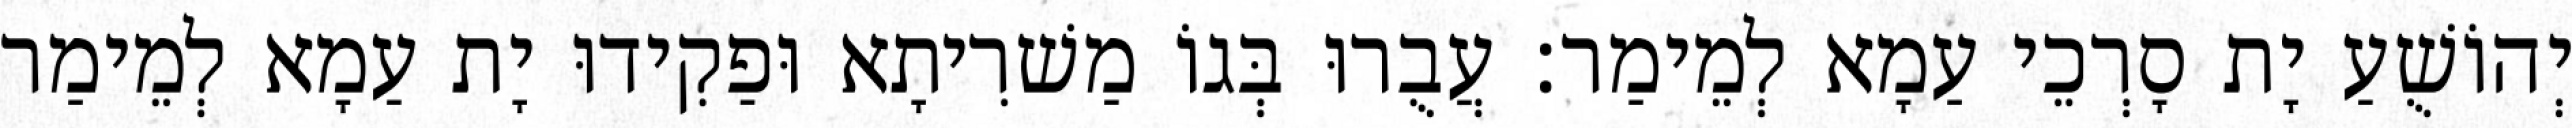
יְהוֹשֻׁעַ יָת סָרְכֵי עַמָא לְמֵימַר׃ עֲבֻרוּ בְּגוֹ מַשׁרִיתָא וּפַקִידוּ יָת עַמָא לְמֵימַר